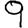
Digit: 9